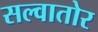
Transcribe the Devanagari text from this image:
सल्वातोर